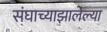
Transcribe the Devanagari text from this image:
संघाच्याझालेल्या